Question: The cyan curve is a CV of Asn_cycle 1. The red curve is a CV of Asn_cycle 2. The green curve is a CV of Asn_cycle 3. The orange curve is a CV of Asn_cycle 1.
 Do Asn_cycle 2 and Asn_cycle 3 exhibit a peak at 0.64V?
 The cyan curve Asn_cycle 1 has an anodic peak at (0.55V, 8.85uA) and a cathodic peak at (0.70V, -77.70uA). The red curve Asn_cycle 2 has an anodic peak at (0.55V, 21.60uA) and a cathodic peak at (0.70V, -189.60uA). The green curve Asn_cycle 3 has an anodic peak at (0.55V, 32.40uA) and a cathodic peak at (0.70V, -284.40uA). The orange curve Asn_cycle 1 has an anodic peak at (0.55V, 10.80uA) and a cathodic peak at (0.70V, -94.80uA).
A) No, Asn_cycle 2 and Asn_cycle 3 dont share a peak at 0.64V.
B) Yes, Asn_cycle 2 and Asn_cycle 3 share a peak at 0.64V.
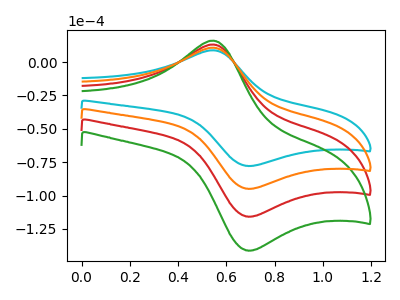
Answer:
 <answer>A) No, "Asn_cycle 2" and "Asn_cycle 3" dont share a peak at 0.64V.</answer>
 <eval>A</eval>